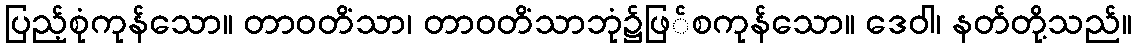
ပြည့်စုံကုန်သော။ တာဝတိံသာ၊ တာဝတိံသာဘုံ၌ဖြ်စကုန်သော။ ဒေဝါ၊ နတ်တို့သည်။